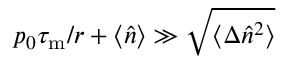
p _ { 0 } \tau _ { \mathrm { m } } / r + \langle \hat { n } \rangle \gg \sqrt { \langle \Delta \hat { n } ^ { 2 } \rangle }